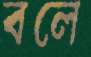
বলে